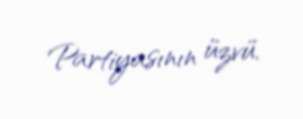
Partiyasının üzvü.